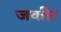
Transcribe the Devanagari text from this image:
जकीर